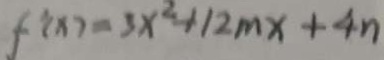
f ^ { \prime } ( x ) = 3 x ^ { 2 } + 1 2 m x + 4 n